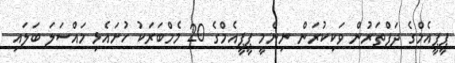
ޕީޕީއެމްގެ ދަފްތަރުން ވަކިކުރަން ނިންމީ ޕީޕީއެމްގެ 20 މެމްބަރަކު ހުށައެޅި މައްސަލަ ބަލައި